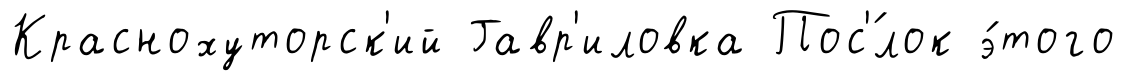
Краснохуторск'ий Гавр'иловка Пос'́лок э́того